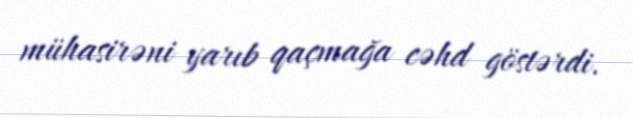
mühasirəni yarıb qaçmağa cəhd göstərdi.